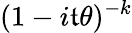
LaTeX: \! \, (1-i\mathfrak{t}\theta)^{-k}